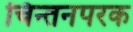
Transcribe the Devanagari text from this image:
चिन्तनपरक